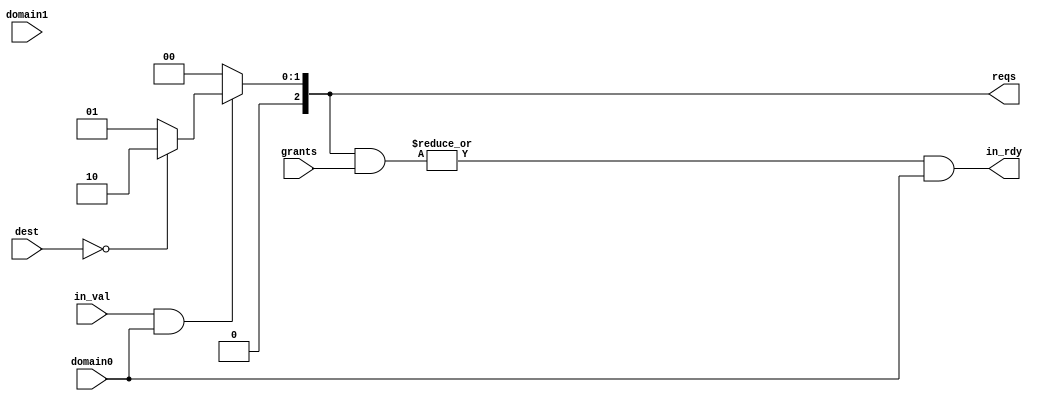
module plab4_net_RouterInputCtrl_TP
#(
  parameter	p_router_id		= 0,
  parameter p_num_routers	= 8,

  //+++ gen-harness : begin cut ++++++++++++++++++++++++++++++++++++++++++

  // indicates the reqs signal to pass through a message
  parameter	p_default_reqs	= 3'b001,

  //+++ gen-harness : end cut ++++++++++++++++++++++++++++++++++++++++++++

  // parameter not meant to be set outside this module

  parameter c_dest_nbits	= $clog2( p_num_routers ),

  // indicates the domain belongs to
  parameter domain			= 0

)
(
  input  [c_dest_nbits-1:0]				dest,

  input									in_val,
  output								in_rdy,

  output [2:0]							reqs,
  input	 [2:0]							grants,

  input									domain0,
  input									domain1
);

 //+++ gen-harness : begin insert +++++++++++++++++++++++++++++++++++++++
// 
//   // add logic here
// 
//   assign in_rdy = 0;
//   assign reqs = 0;
// 
  //+++ gen-harness : end insert +++++++++++++++++++++++++++++++++++++++++

  //+++ gen-harness : begin cut ++++++++++++++++++++++++++++++++++++++++++

  //----------------------------------------------------------------------
  // Combinational logic
  //----------------------------------------------------------------------

  // rdy is just a reductive OR of the AND of reqs and grants
  
  reg [2:0]				reqs;
  reg					in_rdy_me;
  reg					in_rdy;

  always @(*) begin
    if (in_val && ( ( domain == 1'b0 && domain0 == 1'b1)|| ( domain == 1'b1 && domain1 == 1'b1) )) begin

      // if the packet is for this port, redirect it to the terminal
      if ( dest == p_router_id )
        reqs = 3'b010;

      // otherwise, we just pass through it
      else
        reqs = p_default_reqs;

    end else begin
      // if !val, we don't request any output ports
      reqs = 3'b000;
    end
  end

  always @(*) begin
    
	// if the control unit belongs to domain 0
	if ( domain == 1'b0 ) begin
	  in_rdy_me = | (reqs & grants);
	  in_rdy = in_rdy_me & domain0;
	end
	else begin
	  in_rdy_me = | (reqs & grants);
	  in_rdy = in_rdy_me & domain1;
	end
  end
 
  //+++ gen-harness : end cut ++++++++++++++++++++++++++++++++++++++++++++

endmodule